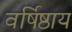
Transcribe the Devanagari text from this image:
वर्षिष्ठाय